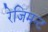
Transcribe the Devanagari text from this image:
रेजिमन्ट